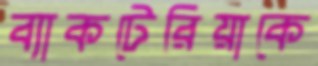
ব্যাকটেরিয়াকে